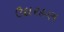
ઉદારહણ